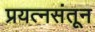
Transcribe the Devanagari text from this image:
प्रयत्‍नसंतून